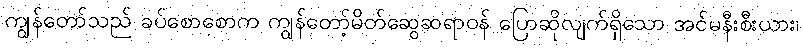
ကျွန်တော်သည် ခပ်စောစောက ကျွန်တော့်မိတ်ဆွေဆရာဝန် ပြောဆိုလျက်ရှိသော အင်မနီးစီးယား၊